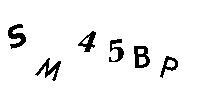
SM45BP